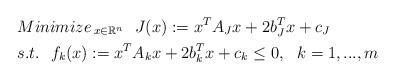
LaTeX: \begin{align*} &{Minimize\,}_{x\in \mathbb{R}^n} \ \ J(x):=x^TA_Jx+2b_J^Tx+c_J\\ &s.t.\ \ f_k(x):=x^TA_kx+2b_k^Tx+c_k \le 0,\ \ k=1,...,m \end{align*}